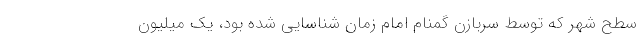
سطح شهر که توسط سربازن گمنام امام زمان شناسایی شده بود، یک میلیون